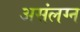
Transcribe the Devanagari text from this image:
असंलग्न